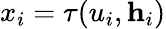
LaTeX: x_{i}=\tau(u_{i},{\mathbf h}_{i})